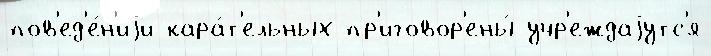
пов'ед'е́н'иjи кара́т'ельных пр'иговор'ены́ учр'еждаjутс'я